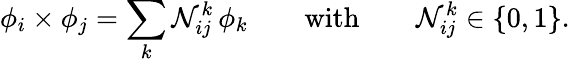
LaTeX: \phi_{i}\times\phi_{j}=\sum_{k}{\cal N}_{ij}^{k}\, \phi_{k}\qquad\textrm{with}\qquad{\cal N}_{ij}^{k}\in\{ 0,1\} .